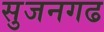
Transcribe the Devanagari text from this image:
सुजनगढ